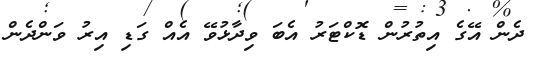
ދެން އޭގެ އިތުރުން ޑޮކްޓަރު އެބަ ވިދާޅުވޭ އެއް ގަޑި އިރު ވަންދެން